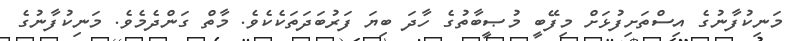
މަނިކުފާނުގެ އިސްތަށިފުޅަށް މިފޭބީ މުޞީބާތުގެ ހާދަ ބިޔަ ފަރުބަދަތަކެކެވެ. މާތް ގަންދެމެވެ. މަނިކުފާނުގެ